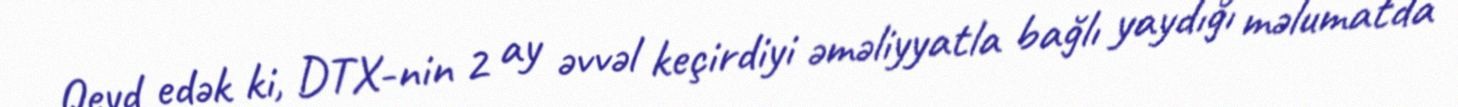
Qeyd edək ki, DTX-nin 2 ay əvvəl keçirdiyi əməliyyatla bağlı yaydığı məlumatda